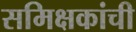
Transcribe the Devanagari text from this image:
समिक्षकांची